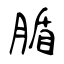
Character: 腯